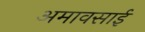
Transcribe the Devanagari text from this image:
अमावसाई